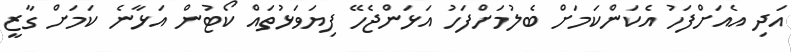
އަދި އެއަށްފަހު އެކަންކަމަށް ބެލުމަށްފަހު އަޅަންޖެހޭ ފިޔަވަޅުތައް ކޯޓުން އަޅާނެ ކަމަށް ގާޒީ